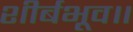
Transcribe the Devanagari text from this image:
शीर्बभूव॥